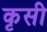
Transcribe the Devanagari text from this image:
कृसी